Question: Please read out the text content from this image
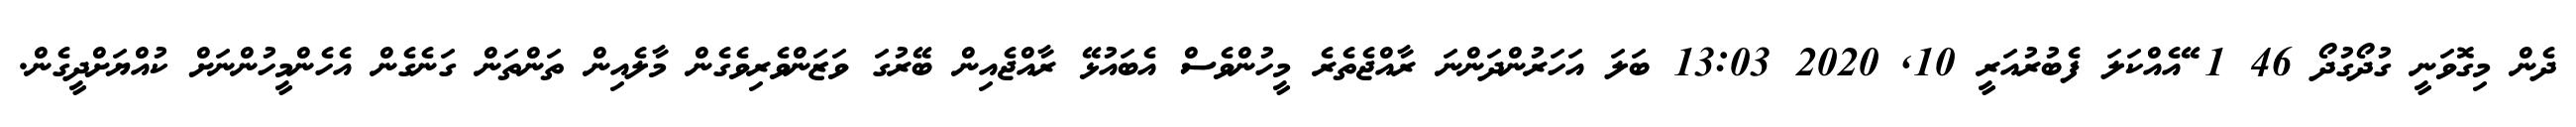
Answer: ދެން މިގޮވަނީ ގުދޯގުދޯ 46 1 ޭއެއްކަލަ ފެބުރުއަރީ 10, 2020 13:03 ބަލަ އަހަރުންދަންނަ ރާއްޖެތެރެ މީހުންވެސް އެބައުޅޭ ރާއްޖެއިން ބޭރުގަ ވަޒަންވެރިވެގެން މާލެއިން ތަންތަން ގަނެގެން އެހެންމީހުންނަށް ކުއްޔަށްދީގެން.